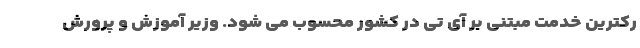
رکترین خدمت مبتنی بر آی تی در کشور محسوب می شود. وزیر آموزش و پرورش